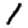
Digit: 1